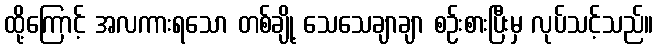
ထို့ကြောင့် အလကားရသော တစ်ချို့ သေသေချာချာ စဉ်းစားပြီးမှ လုပ်သင့်သည်။